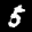
Label: 5